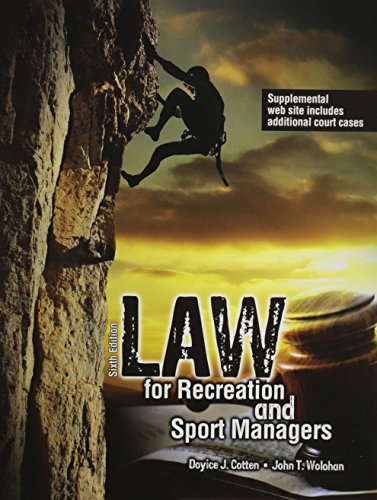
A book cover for Law for Recreation and Sport Managers; COTTEN  DOYICE J; Law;